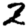
Digit: 2